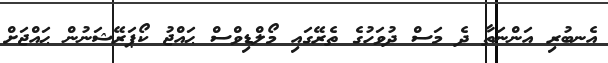
އެނބުރި އަންނަތާ ދެ މަސް ދުވަހުގެ ތެރޭގައި މޯލްޑިވްސް ޙައްޖު ކޯޕަރޭޝަނުން ޙައްޖަށް